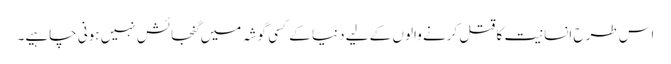
اس طرح انسانیت کا قتل کرنے والوں کے لیے دنیا کے کسی گوشہ میں گنجائش نہیں ہونی چاہیے۔